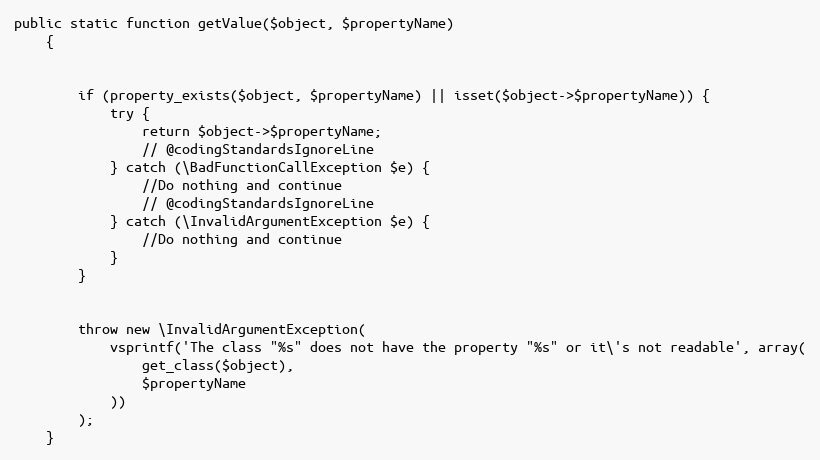
Language: PHP
public static function getValue($object, $propertyName)
    {

        if (property_exists($object, $propertyName) || isset($object->$propertyName)) {
            try {
                return $object->$propertyName;
                // @codingStandardsIgnoreLine
            } catch (\BadFunctionCallException $e) {
                //Do nothing and continue
                // @codingStandardsIgnoreLine
            } catch (\InvalidArgumentException $e) {
                //Do nothing and continue
            }
        }

        throw new \InvalidArgumentException(
            vsprintf('The class "%s" does not have the property "%s" or it\'s not readable', array(
                get_class($object),
                $propertyName
            ))
        );
    }